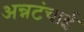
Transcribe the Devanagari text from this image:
अन्नटंचाई